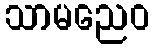
သာမညေဝ